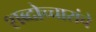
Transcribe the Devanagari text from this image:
शब्दोच्चारांचे